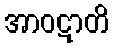
အာဝဋာတိ